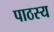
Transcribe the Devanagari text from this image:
पाठस्य